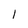
Character: l